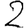
Digit: 2